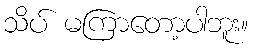
သိပ် မကြာတော့ပါဘူး။